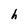
Character: h